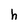
Character: h